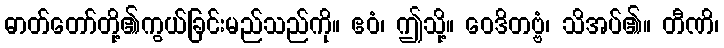
ဓာတ်တော်တို့၏ကွယ်ခြင်းမည်သည်ကို။ ဧဝံ၊ ဤသို့။ ဝေဒိတဗ္ဗံ၊ သိအပ်၏။ တီဏိ၊